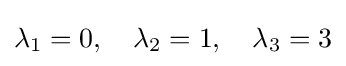
\lambda _{1}=0,\quad \lambda _{2}=1,\quad \lambda _{3}=3